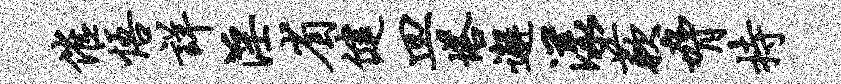
催悟详淫省健皿塔邂漾蔌胁持